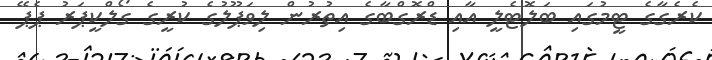
ކެރެގާގެ ޓީމުގައި ބަލޮޓެލީ އާއި ޑްރޮގްބާގެ އިތުރުން ލިވަޕޫލުގެ ކުރީގެ ގޯލްކީޕަރު ޕެޕޭ